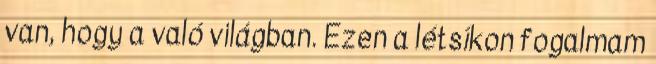
van, hogy a való világban. Ezen a létsíkon fogalmam